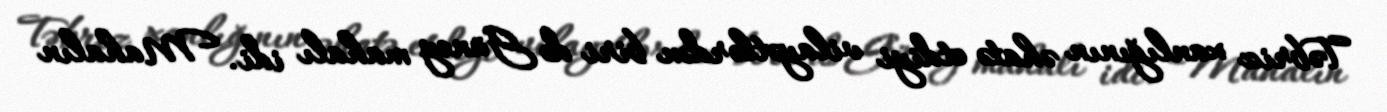
Təbriz xanlığının əhatə etdiyi vilayətlərdən biri də Güney mahalı idi. Mahalın